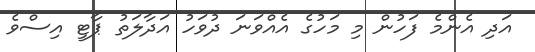
އަދި އެންމެ ފަހުން މި މަހުގެ އެއްވަނަ ދުވަހު އަދާލަތު ޕާޓީ އިސްވެ